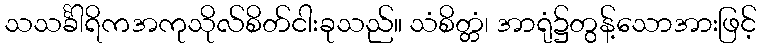
သသင်္ခါရိကအကုသိုလ်စိတ်ငါးခုသည်။ သံစိတ္တံ၊ အာရုံ၌တွန့်သောအားဖြင့်